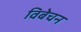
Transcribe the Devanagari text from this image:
विबेचन